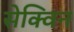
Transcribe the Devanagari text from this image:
सेक्विन